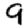
Digit: 9